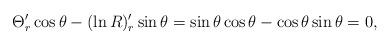
LaTeX: \begin{align*} \Theta '_r\cos \theta -(\ln R)'_r\sin \theta =\sin \theta \cos \theta -\cos \theta \sin \theta =0, \end{align*}